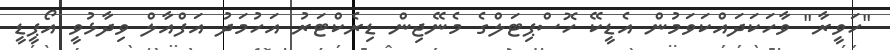
"ހަވީރާ" ވާހަކަދައްކަވަމުން އެޑީކޭ ހޮސްޕިޓަލްގެ މެނޭޖިން ޑިރެކްޓަރު އަހުމަދު އަފްއާލް ވިދާޅުވީ އޯޕީޑީ